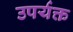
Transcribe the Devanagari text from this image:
उपर्यक्त